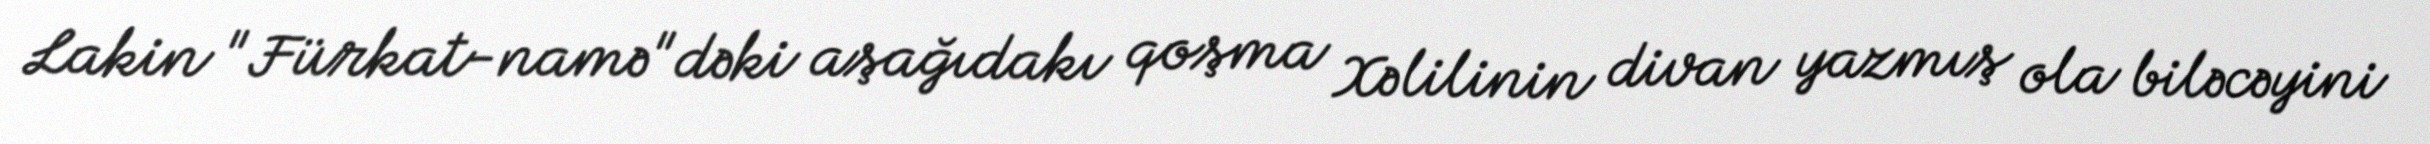
Lakin "Fürkat-namə"dəki aşağıdakı qoşma Xəlilinin divan yazmış ola biləcəyini